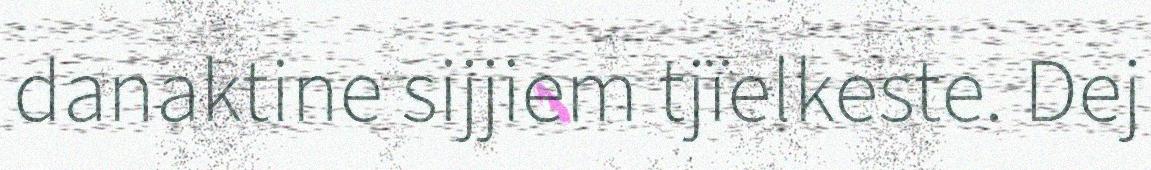
danaktine sijjiem tjïelkeste. Dej